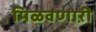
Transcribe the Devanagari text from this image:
मिळवणाऱी